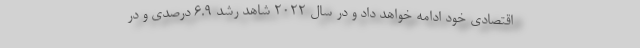
اقتصادی خود ادامه خواهد داد و در سال 2022 شاهد رشد 6.9 درصدی و در